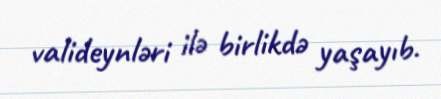
valideynləri ilə birlikdə yaşayıb.